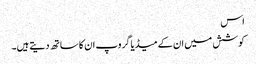
اس
کوشش میں ان کے میڈیا گروپ ان کا ساتھ دیتے ہیں۔